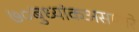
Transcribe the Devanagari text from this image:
७०बुध्यांकअसणारे